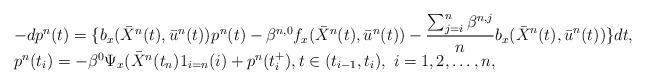
LaTeX: \begin{align*}\begin{array}[c]{ll}&-d{p}^n(t)= \{b_x(\bar{X}^n{(t)},\bar{u}^n(t))^{}p^n(t)-\beta^{n,0}f_x(\bar{X}^n{(t)},\bar{u}^n(t))-\displaystyle\frac{\sum_{j=i}^{n}\beta^{n,j}}{n}b_x(\bar{X}^n{(t)},\bar{u}^n(t))\}dt,\\&p^n(t_{i})= -\beta^0\Psi_{x}(\bar{X}^n(t_n)1_{i=n}(i)+p^n(t_{i}^{+}),t\in(t_{i-1},t_{i}),\ i=1,2,\ldots,n,\end{array}\end{align*}